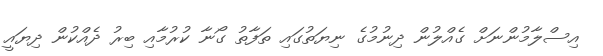
އިސްލާމުންނަށް ގެއްލުން ދިނުމުގެ ނިޔަތުގައި ތަފާތު ގޯނާ ކުރުމާއި ބިރު ދެއްކުން ދިޔައީ